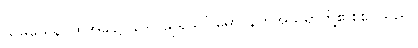
သမယေန၊ ထိုအခါ၌။ ဒေဝါသုရသင်္ဂါမော၊ နတ်အသုရာတို့၏စစ်ပွဲသည်။